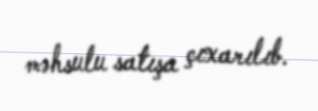
məhsulu satışa çıxarılıb.